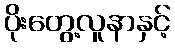
ပိုးတွေ့လူနာနှင့်